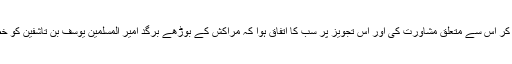
اندلس کے علماء اور شرفاء نے قاضی قرطبہ عبد اللہ بن محمد بن ادہم کے ساتھ مل بیٹھ کر اس سے متعلق مشاورت کی اور اس تجویز پر سب کا اتفاق ہوا کہ مراکش کے بوڑھے برگد امیر المسلمین یوسف بن تاشفین کو خط لکھ کر اپنے احوال کی اطلاع کی جائے اور اس سے اپنے لیے سہارا طلب کیا جائے۔